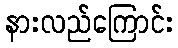
နားလည်ကြောင်း